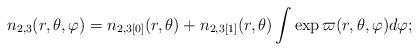
LaTeX: \begin{align*}n_{2,3}(r,\theta ,\varphi )=n_{2,3[0]}(r,\theta )+n_{2,3[1]}(r,\theta )\int\exp \varpi (r,\theta ,\varphi )d\varphi ;\end{align*}